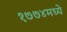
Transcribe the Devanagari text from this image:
१७७४मध्ये